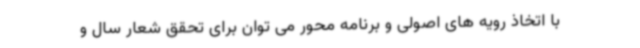
با اتخاذ رویه های اصولی و برنامه محور می توان برای تحقق شعار سال و